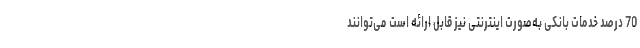
70 درصد خدمات بانکی به‌صورت اینترنتی نیز قابل ارائه است می‌توانند